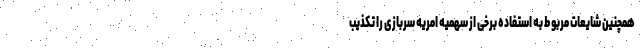
همچنین شایعات مربوط به استفاده برخی از سهمیه امریه سربازی را تکذیب